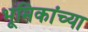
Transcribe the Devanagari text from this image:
भूमिकांच्या